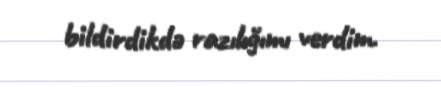
bildirdikdə razılığımı verdim.